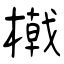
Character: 橶